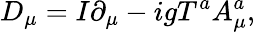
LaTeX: D_{\mu}=I\partial_{\mu}-igT^{a}A_{\mu}^{a},